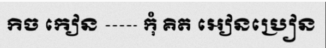
កិច កៀន ----- កុំ គិត អៀនប្រៀន